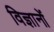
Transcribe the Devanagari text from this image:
विज्ञानों